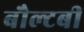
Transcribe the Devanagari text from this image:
बौल्टबी